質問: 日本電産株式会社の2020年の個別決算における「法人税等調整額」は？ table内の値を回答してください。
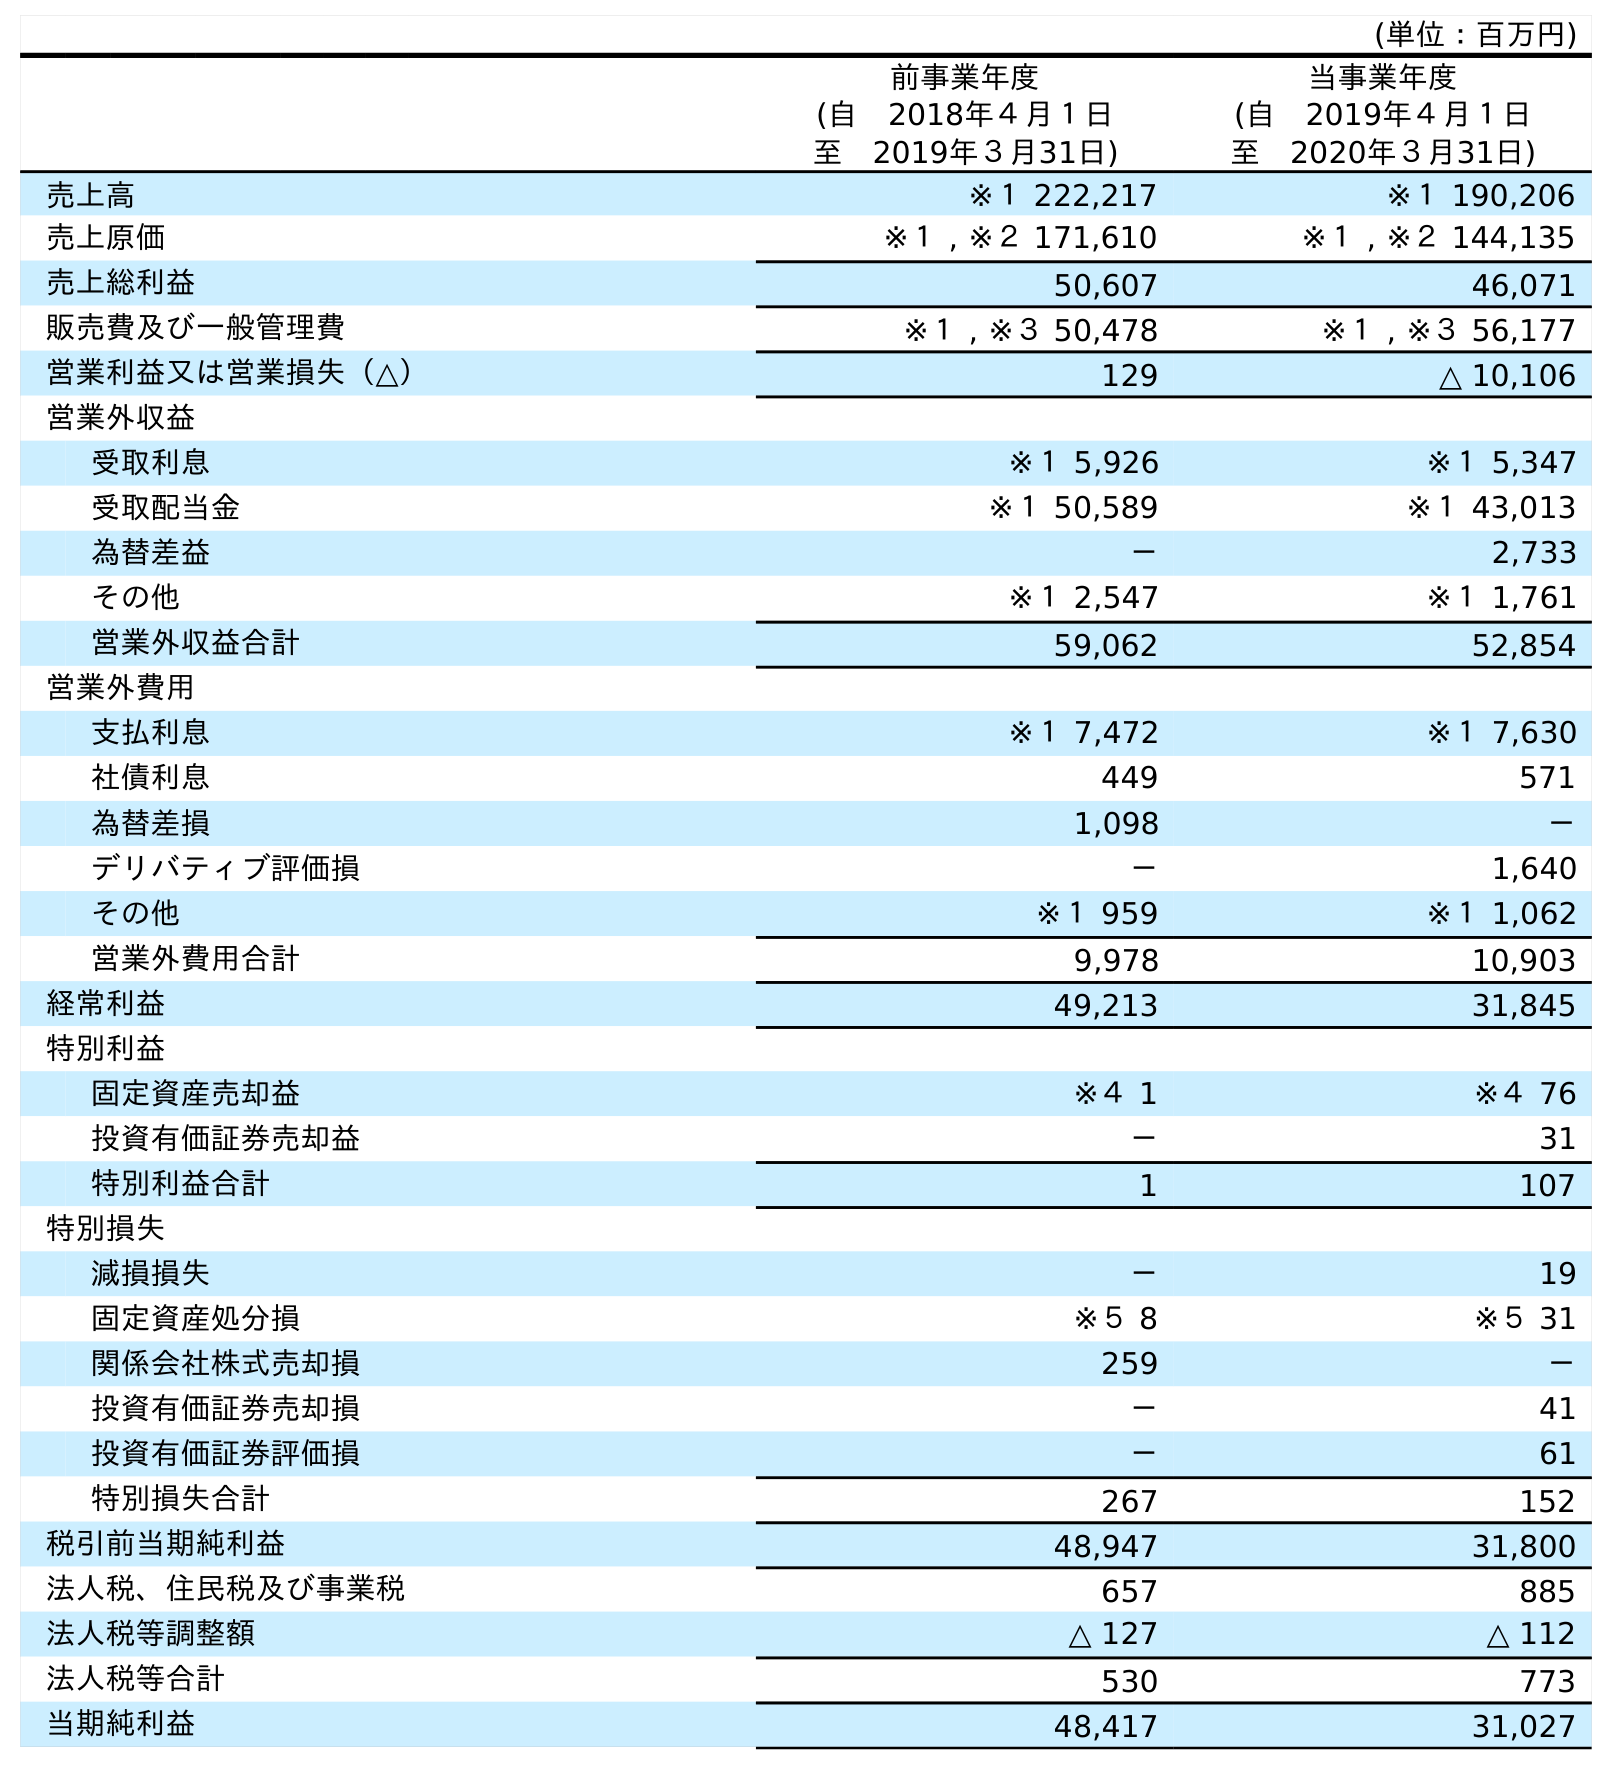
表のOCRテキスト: (単位：百万円) 前事業年度 (自 2018年４月１日 至 2019年３月31日) 当事業年度 (自 2019年４月１日 至 2020年３月31日) 売上高 ※１ 222,217 ※１ 190,206 売上原価 ※１ , ※２ 171,610 ※１ , ※２ 144,135 売上総利益 50,607 46,071 販売費及び一般管理費 ※１ , ※３ 50,478 ※１ , ※３ 56,177 営業利益又は営業損失（△） 129 △ 10,106 営業外収益 受取利息 ※１ 5,926 ※１ 5,347 受取配当金 ※１ 50,589 ※１ 43,013 為替差益 － 2,733 その他 ※１ 2,547 ※１ 1,761 営業外収益合計 59,062 52,854 営業外費用 支払利息 ※１ 7,472 ※１ 7,630 社債利息 449 571 為替差損 1,098 － デリバティブ評価損 － 1,640 その他 ※１ 959 ※１ 1,062 営業外費用合計 9,978 10,903 経常利益 49,213 31,845 特別利益 固定資産売却益 ※４ 1 ※４ 76 投資有価証券売却益 － 31 特別利益合計 1 107 特別損失 減損損失 － 19 固定資産処分損 ※５ 8 ※５ 31 関係会社株式売却損 259 － 投資有価証券売却損 － 41 投資有価証券評価損 － 61 特別損失合計 267 152 税引前当期純利益 48,947 31,800 法人税、住民税及び事業税 657 885 法人税等調整額 △ 127 △ 112 法人税等合計 530 773 当期純利益 48,417 31,027
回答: △112